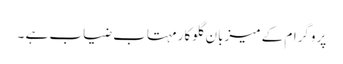
پروگرام کے میزبان گلوکار مہتاب ضیاب ہے ۔